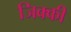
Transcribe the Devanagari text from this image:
जिक्की